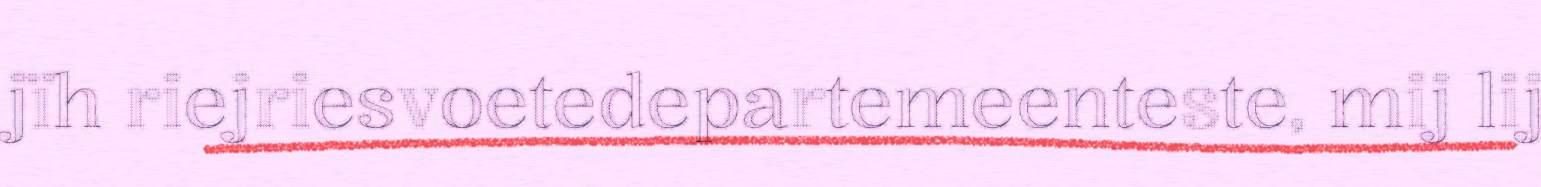
jïh riejriesvoetedepartemeenteste, mij lij